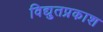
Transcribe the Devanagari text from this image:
विद्युतप्रकाश